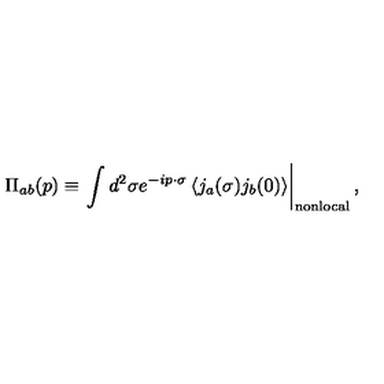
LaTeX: \Pi _ { a b } ( p ) \equiv \left. \int d ^ { 2 } \sigma e ^ { - i p \cdot \sigma } \left< j _ { a } ( \sigma ) j _ { b } ( 0 ) \right> \right| _ { \mathrm { n o n l o c a l } } ,